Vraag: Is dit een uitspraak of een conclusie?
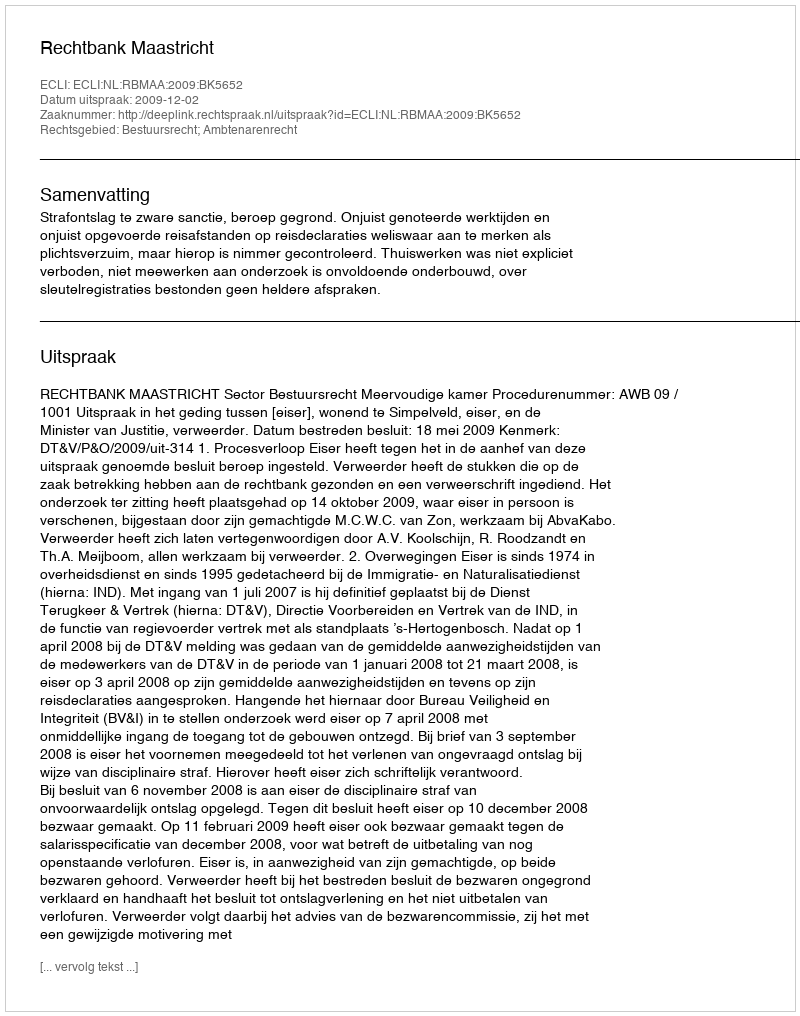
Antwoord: Uitspraak